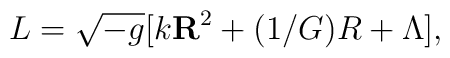
L = \sqrt{-g} [k {\bf R}^2 + (1/G) R + \Lambda],